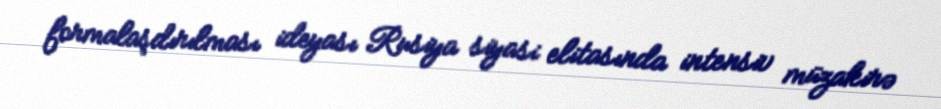
formalaşdırılması ideyası Rusiya siyasi elitasında intensiv müzakirə